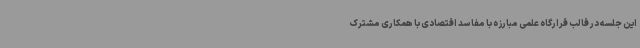
این جلسه در قالب قرارگاه علمی مبارزه با مفاسد اقتصادی با همکاری مشترک